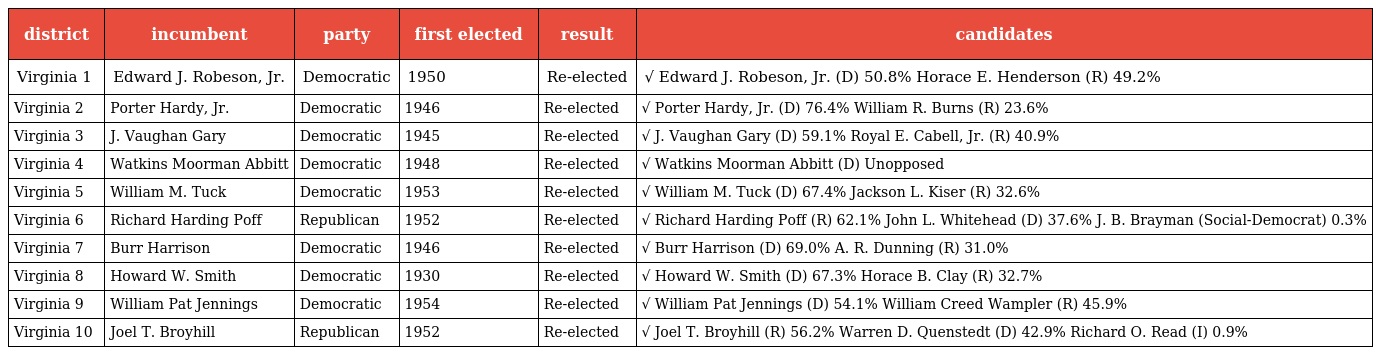
| district | incumbent | party | first elected | result | candidates |
 | --- | --- | --- | --- | --- | --- |
 | Virginia 1 | Edward J. Robeson, Jr. | Democratic | 1950 | Re-elected | √ Edward J. Robeson, Jr. (D) 50.8% Horace E. Henderson (R) 49.2% |
 | Virginia 2 | Porter Hardy, Jr. | Democratic | 1946 | Re-elected | √ Porter Hardy, Jr. (D) 76.4% William R. Burns (R) 23.6% |
 | Virginia 3 | J. Vaughan Gary | Democratic | 1945 | Re-elected | √ J. Vaughan Gary (D) 59.1% Royal E. Cabell, Jr. (R) 40.9% |
 | Virginia 4 | Watkins Moorman Abbitt | Democratic | 1948 | Re-elected | √ Watkins Moorman Abbitt (D) Unopposed |
 | Virginia 5 | William M. Tuck | Democratic | 1953 | Re-elected | √ William M. Tuck (D) 67.4% Jackson L. Kiser (R) 32.6% |
 | Virginia 6 | Richard Harding Poff | Republican | 1952 | Re-elected | √ Richard Harding Poff (R) 62.1% John L. Whitehead (D) 37.6% J. B. Brayman (Social-Democrat) 0.3% |
 | Virginia 7 | Burr Harrison | Democratic | 1946 | Re-elected | √ Burr Harrison (D) 69.0% A. R. Dunning (R) 31.0% |
 | Virginia 8 | Howard W. Smith | Democratic | 1930 | Re-elected | √ Howard W. Smith (D) 67.3% Horace B. Clay (R) 32.7% |
 | Virginia 9 | William Pat Jennings | Democratic | 1954 | Re-elected | √ William Pat Jennings (D) 54.1% William Creed Wampler (R) 45.9% |
 | Virginia 10 | Joel T. Broyhill | Republican | 1952 | Re-elected | √ Joel T. Broyhill (R) 56.2% Warren D. Quenstedt (D) 42.9% Richard O. Read (I) 0.9% |